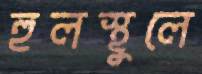
হুলস্থুলে